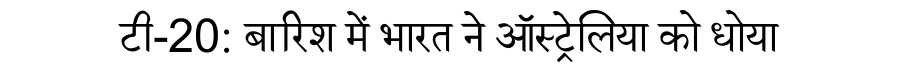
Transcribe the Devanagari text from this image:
टी-20: बारिश में भारत ने ऑस्ट्रेलिया को धोया